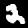
Label: 2